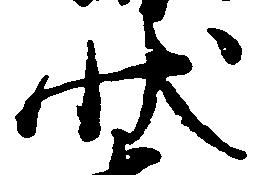
状